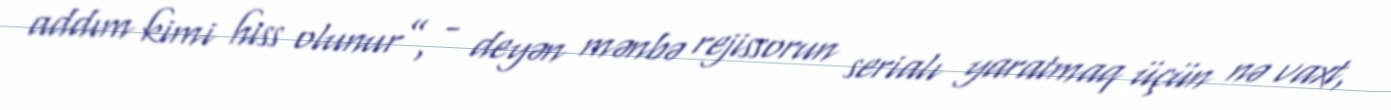
addım kimi hiss olunur”, - deyən mənbə rejissorun serialı yaratmaq üçün nə vaxt,